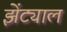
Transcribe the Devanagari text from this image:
झेंट्याल